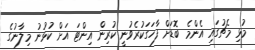
މުޅި މެޗުގައި އެންމެ ބޮޑަށް ފާހަގަކުރެވުނީ ކުރިން އިންޓަ އަށް ކުޅުނު މިލާނުގެ